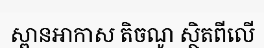
ស្ពានអាកាស តិចណូ ស្ថិតពីលើ